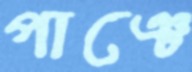
পাঞ্চে